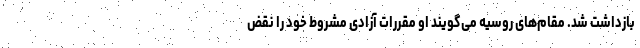
بازداشت شد. مقام‌های روسیه می‌گویند او مقررات آزادی مشروط خود را نقض